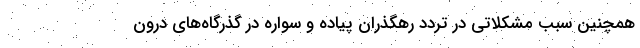
همچنین سبب مشکلاتی در تردد رهگذران پیاده و سواره در گذرگاه‌های درون